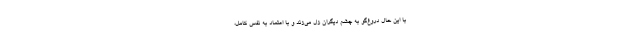
با این حال دروغ‌گو به چشم دیگران زل می‌زند و با اعتماد به نفس کامل،